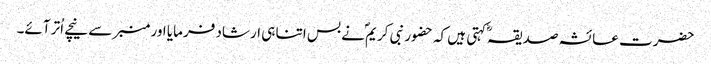
حضرت عائشہ صدیقہؓ کہتی ہیں کہ حضور نبی کریمؐ نے بس اتنا ہی ارشاد فرمایا اور منبر سے نیچے اُتر آئے۔